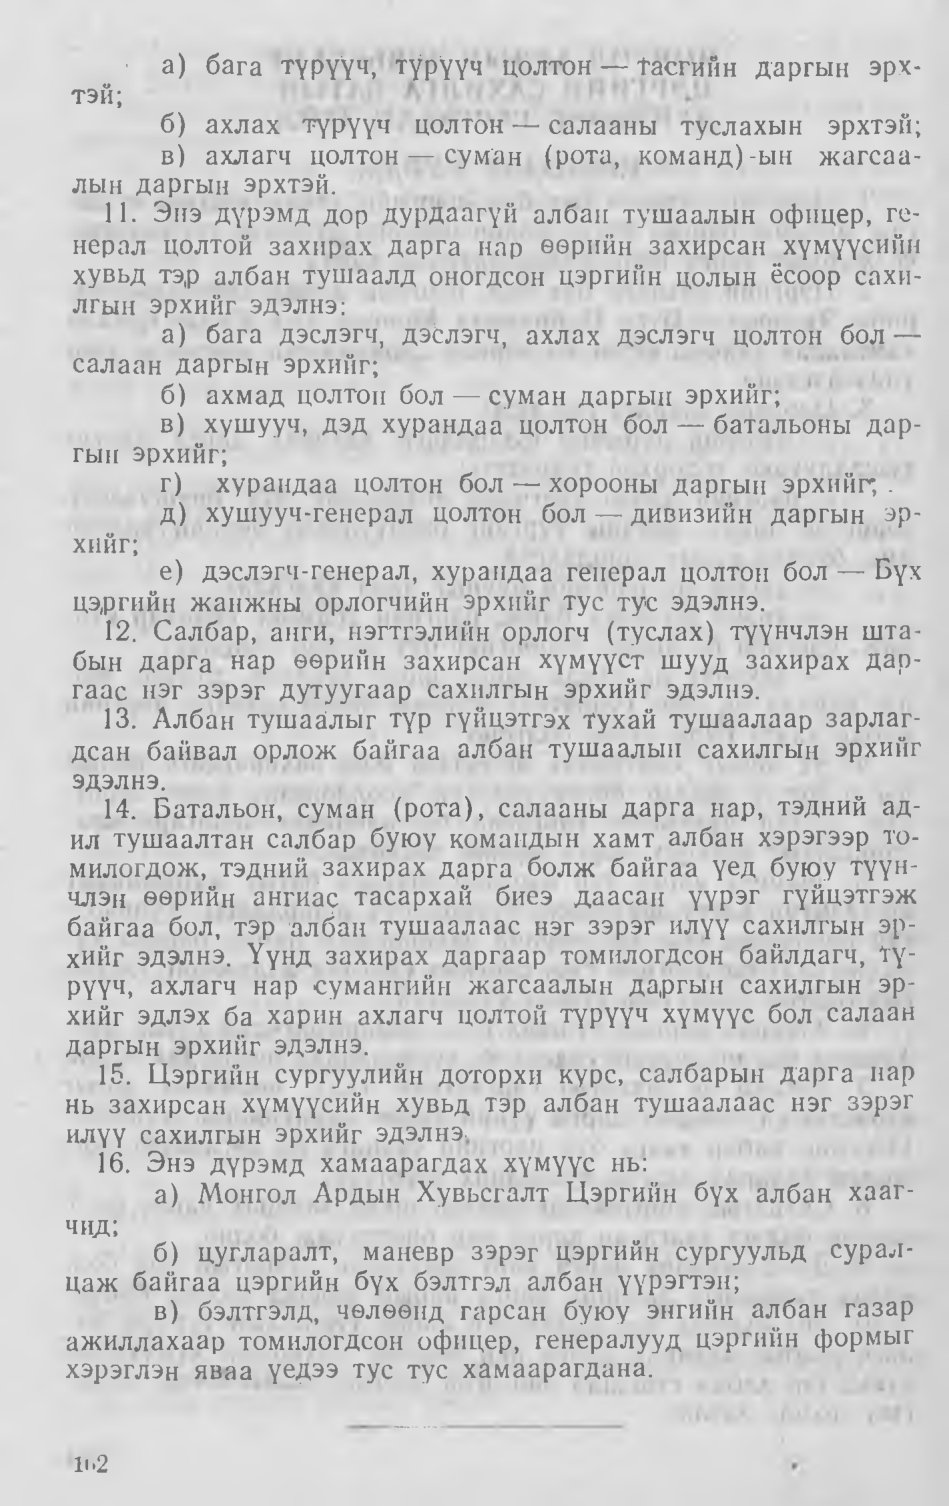
Language: mn